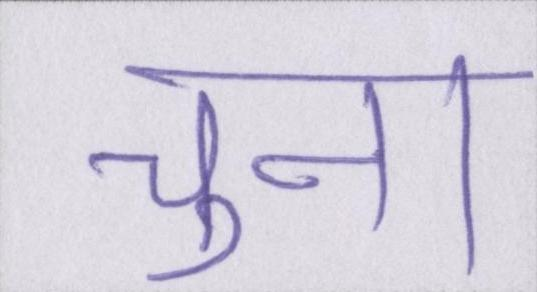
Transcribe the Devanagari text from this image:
चुना